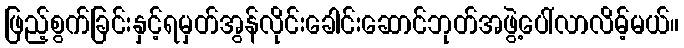
ဖြည့်စွက်ခြင်းနှင့်ရမှတ်အွန်လိုင်းခေါင်းဆောင်ဘုတ်အဖွဲ့ပေါ်လာလိမ့်မယ်။